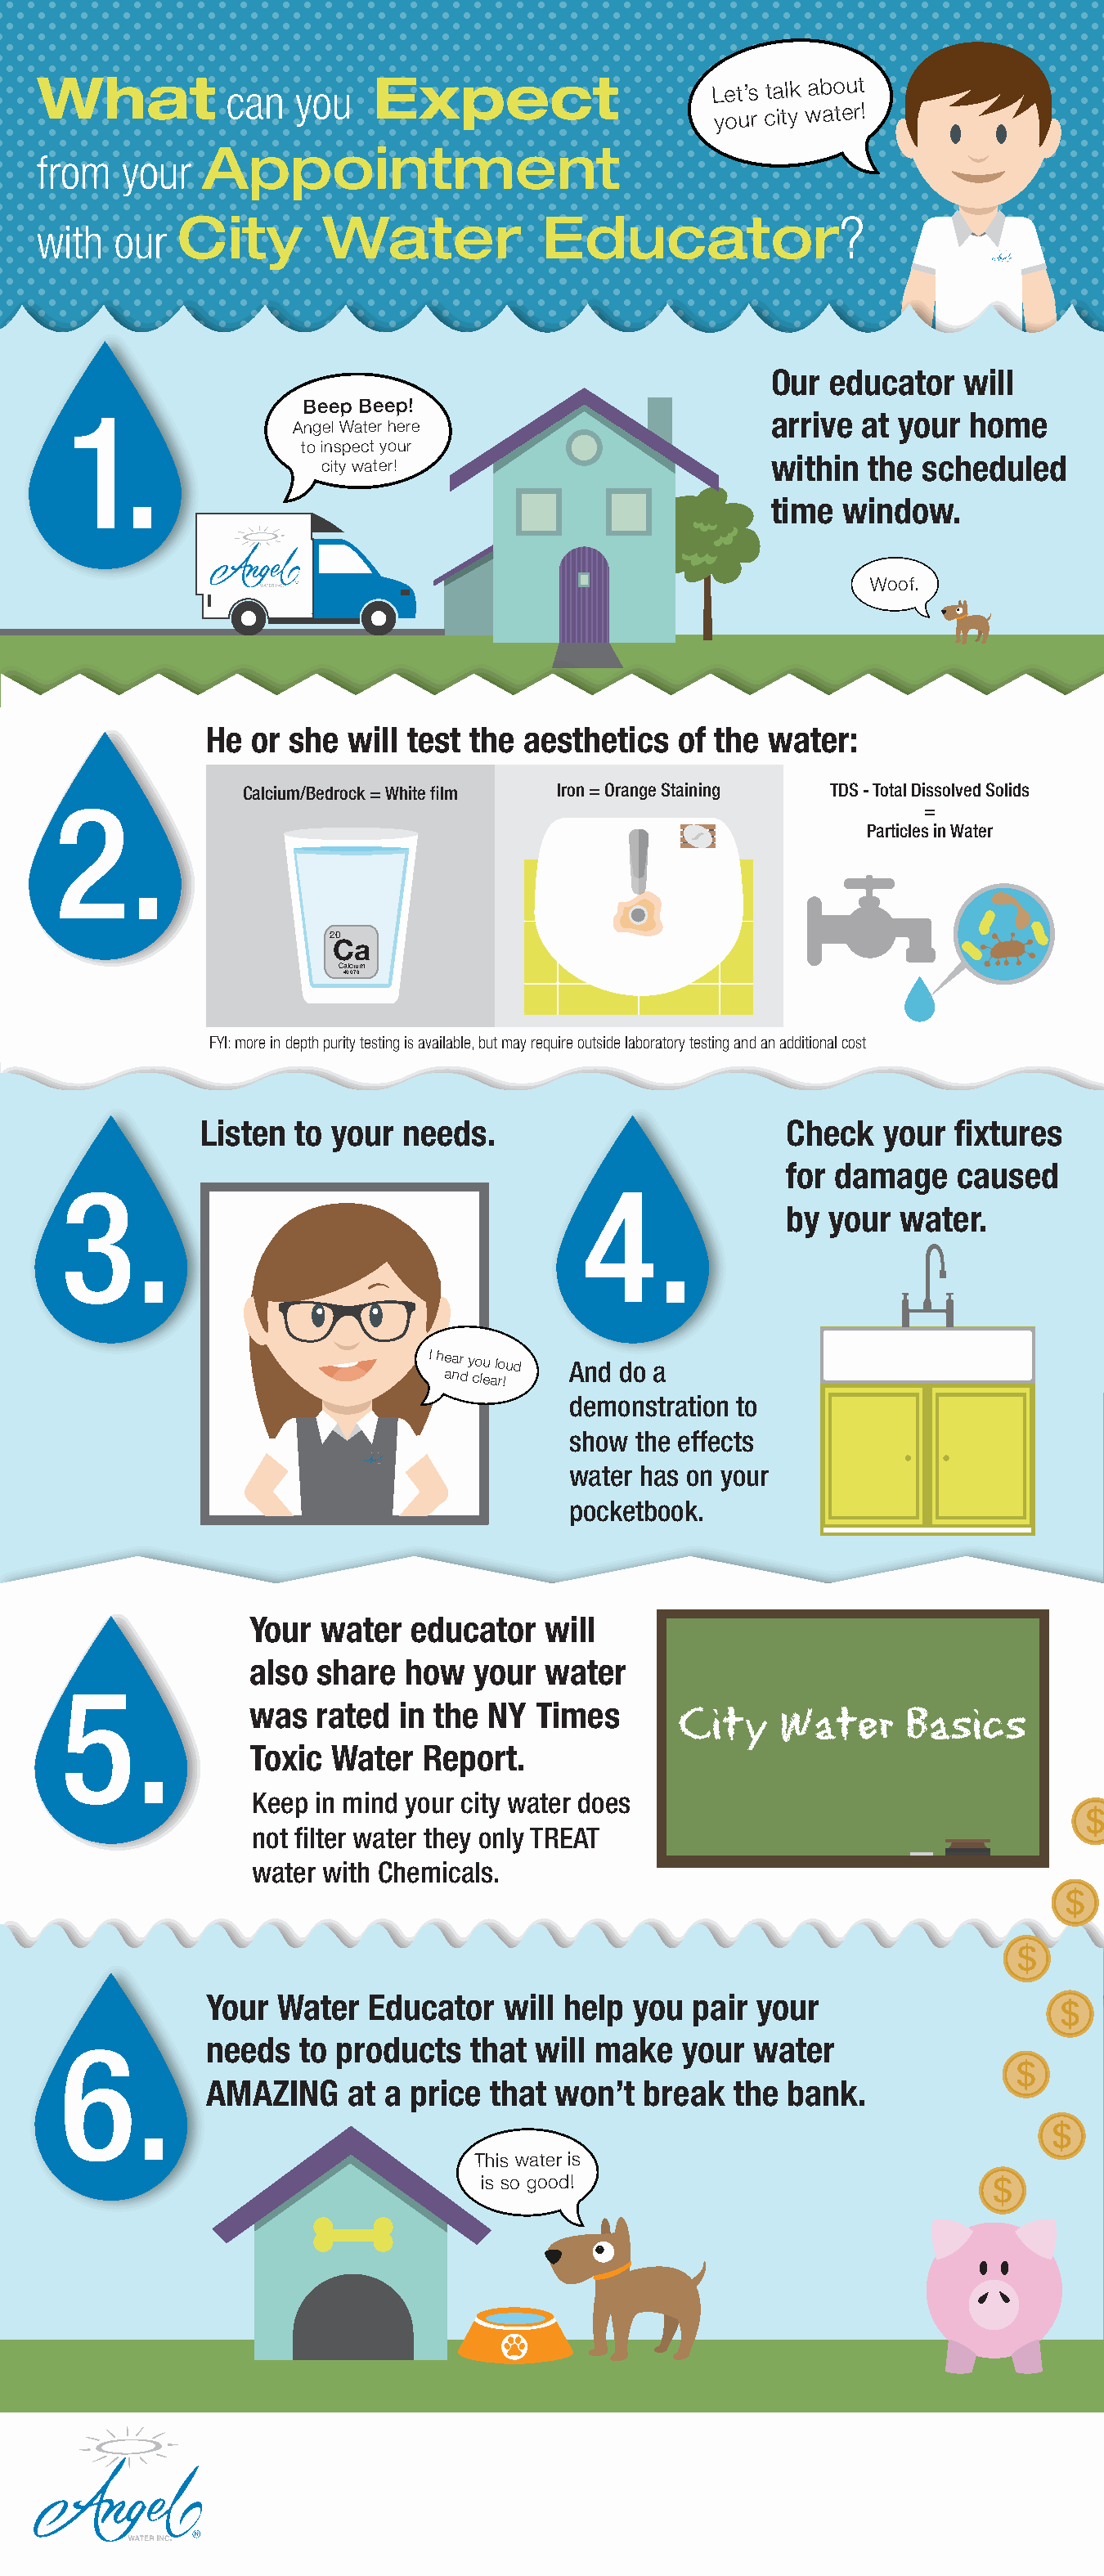
What           can   you   Expect                      Let’s talk about
 your city water!
 Appointment
 from   your
 City        Water             Educator?
 with  our
 Our  educator   will
 Beep Beep!
 1.                                                       arrive  at your home
 Angel Water here
 to inspect your
 within  the  scheduled
 city water!
 time  window.
 Woof.
 He or she  will test the aesthetics   of the water:
 Calcium/Bedrock = White film Iron = Orange Staining TDS - Total Dissolved Solids
 2.
 =
 Particles in Water
 20
 Ca
 Calcium
 40.078
 FYI: more in depth purity testing is available, but may require outside laboratory testing and an additional cost
 Listen  to your  needs.                         Check  your  fixtures
 for damage   caused
 3.                                        4.
 by your  water.
 I hear you loud And do a
 and clear!
 demonstration to
 show the effects
 water has on your
 pocketbook.
 Your  water  educator   will
 also  share  how  your  water
 5.
 was   rated in the NY  Times       City    Water     Basics
 Toxic  Water  Report.
 Keep in mind your city water does
 not filter water they only TREAT
 water with Chemicals.
 Your Water   Educator   will help you  pair your
 6.          needs  to products   that will make   your  water
 AMAZING    at a price  that won’t  break  the  bank.
 This water is
 is so good!